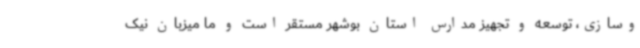
وسازی، توسعه و تجهیز مدارس استان بوشهر مستقر است و ما میزبان نیک